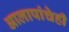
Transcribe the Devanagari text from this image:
आलापांचेही